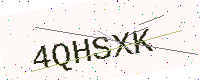
Text: 4QHSXK